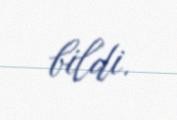
bildi.